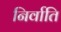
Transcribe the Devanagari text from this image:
निर्वाति